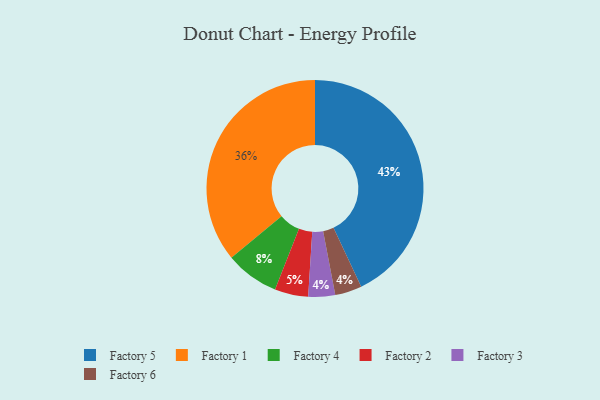
{"axis": {"x": "Category", "y": "Percentage"}, "legend": ["Factory 1", "Factory 2", "Factory 3", "Factory 4", "Factory 5", "Factory 6"], "data": [{"x": "Factory 3", "y": 4, "type": "Factory 3"}, {"x": "Factory 5", "y": 43, "type": "Factory 5"}, {"x": "Factory 2", "y": 5, "type": "Factory 2"}, {"x": "Factory 4", "y": 8, "type": "Factory 4"}, {"x": "Factory 6", "y": 4, "type": "Factory 6"}, {"x": "Factory 1", "y": 36, "type": "Factory 1"}]}